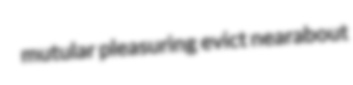
mutular pleasuring evict nearabout